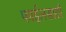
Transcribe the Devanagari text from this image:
फाईलसाठी